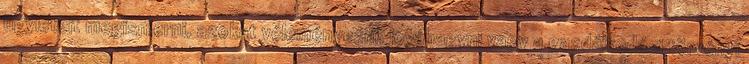
ügyleteit megismerni, azokat véleményezni, jóváhagyni vagy a gazdálkodási törvényi